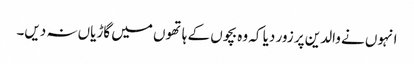
انہوں نے والدین پر زور دیا کہ وہ بچوں کے ہاتھوں میں گاڑیاں نہ دیں۔